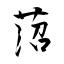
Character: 菬